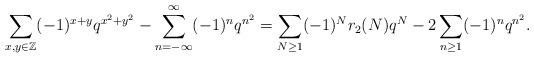
LaTeX: \begin{align*}\sum_{x,y \in \mathbb{Z}} (-1)^{x+y} q^{x^2+y^2} - \sum_{n=-\infty}^\infty (-1)^nq^{n^2} = \sum_{N\geq 1} (-1)^N r_2(N)q^N - 2\sum_{n\geq 1} (-1)^n q^{n^2}.\end{align*}